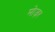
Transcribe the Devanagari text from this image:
मोज़र